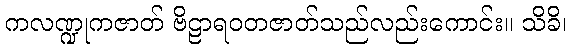
ကလဏ္ဍုကဇာတ် ဗိဠာရဝတဇာတ်သည်လည်းကောင်း။ သိခိ၊